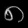
Digit: ၈